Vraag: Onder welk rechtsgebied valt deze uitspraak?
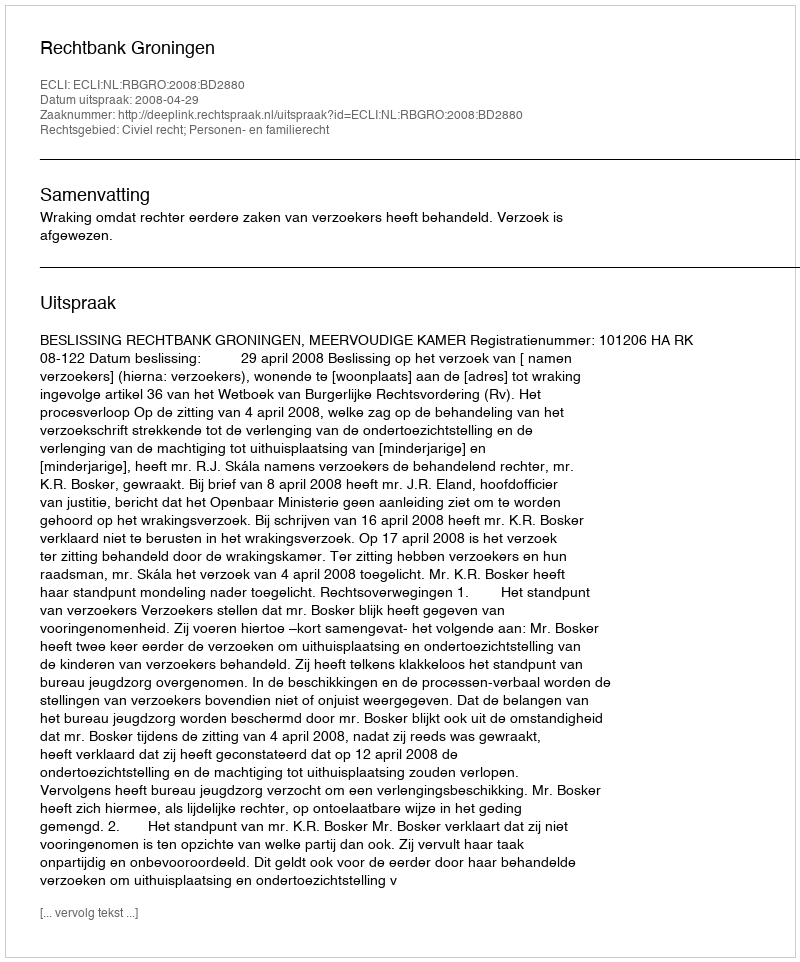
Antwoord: Civiel recht; Personen- en familierecht